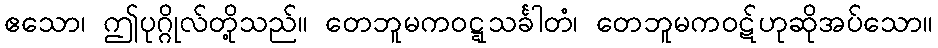
ဧသော၊ ဤပုဂ္ဂိုလ်တို့သည်။ တေဘူမကဝဋ္ဋသင်္ခါတံ၊ တေဘူမကဝဋ်ဟုဆိုအပ်သော။